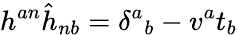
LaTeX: h^{an}\hat{h}_{nb}=\delta^{a}{}_{b}-v^{a}t_{b}